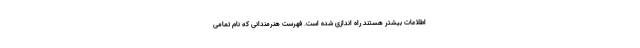
اطلاعات بیشتر هستند راه اندازی شده است. فهرست هنرمندانی که نام تمامی